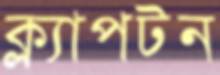
ক্ল্যাপটন